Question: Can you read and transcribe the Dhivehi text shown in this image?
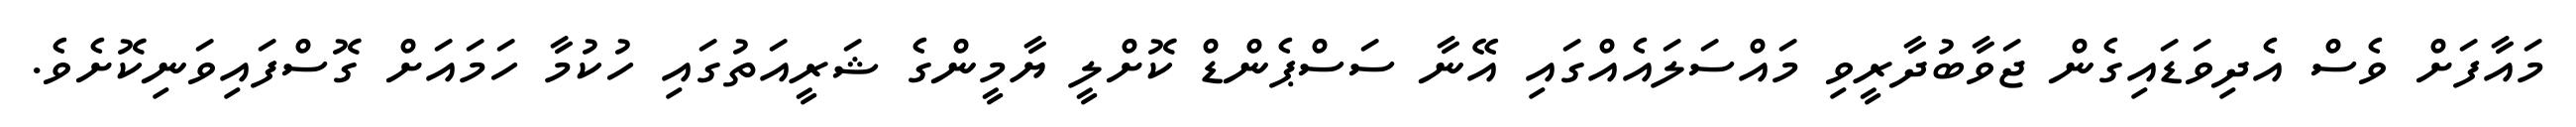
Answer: މައާފަށް ވެސް އެދިވަޑައިގެން ޖަވާބުދާރީވި މައްސަލައެއްގައި އޭނާ ސަސްޕެންޑް ކޮށްލީ ޔާމީންގެ ޝަރީއަތުގައި ހުކުމާ ހަމައަށް ގޮސްފައިވަނިކޮށެވެ.